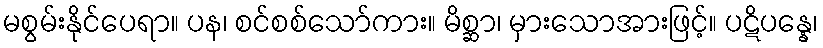
မစွမ်းနိုင်ပေရာ။ ပန၊ စင်စစ်သော်ကား။ မိစ္ဆာ၊ မှားသောအားဖြင့်။ ပဋိပန္နေ၊